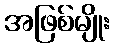
အဖြစ်မျိုး